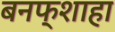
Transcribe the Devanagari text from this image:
बनफ्शाहा